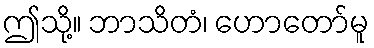
ဤသို့။ ဘာသိတံ၊ ဟောတော်မူ